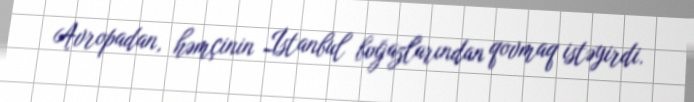
Avropadan, həmçinin İstanbul boğazlarından qovmaq istəyirdi.